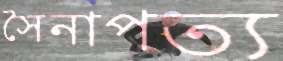
সৈনাপত্য